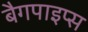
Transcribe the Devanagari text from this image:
बैगपाइप्स